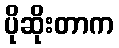
ပိုဆိုးတာက